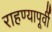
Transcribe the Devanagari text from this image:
राहण्यापूर्वी